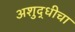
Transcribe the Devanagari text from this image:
अशुद्धीचा